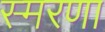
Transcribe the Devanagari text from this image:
स्मरणा